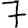
Digit: 7